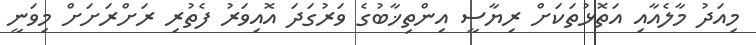
މިއަދު މާލެއާއި އަތޮޅުތަކަށް ރިޔާސީ އިންތިޚާބުގެ ވަރުގަދަ އޮއިވަރު ފެތުރި ރަށްރަށަށް މިވަނީ